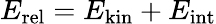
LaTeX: E_{\mathrm{rel}}=E_{\mathrm{kin}}+E_{\mathrm{int}}